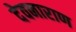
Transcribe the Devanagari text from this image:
देवनाराण